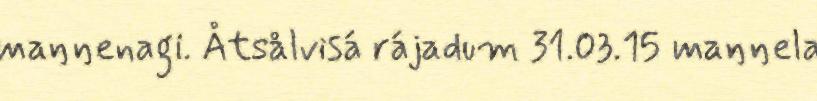
maŋŋenagi. Åtsålvisá rájadum 31.03.15 maŋŋela